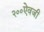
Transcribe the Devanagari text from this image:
२००ऐवजी